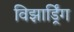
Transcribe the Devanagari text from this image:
विझार्ड्रिंग